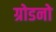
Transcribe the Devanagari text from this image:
ग्रोडनो